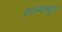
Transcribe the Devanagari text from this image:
स्तम्भस्थूण